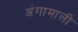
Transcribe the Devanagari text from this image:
अंगामाली